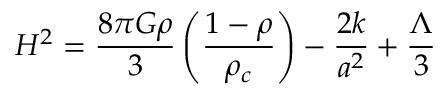
H ^ { 2 } = \frac { 8 \pi G \rho } { 3 } \left( \frac { 1 - \rho } { \rho _ { c } } \right) - \frac { 2 k } { a ^ { 2 } } + \frac { \Lambda } { 3 }